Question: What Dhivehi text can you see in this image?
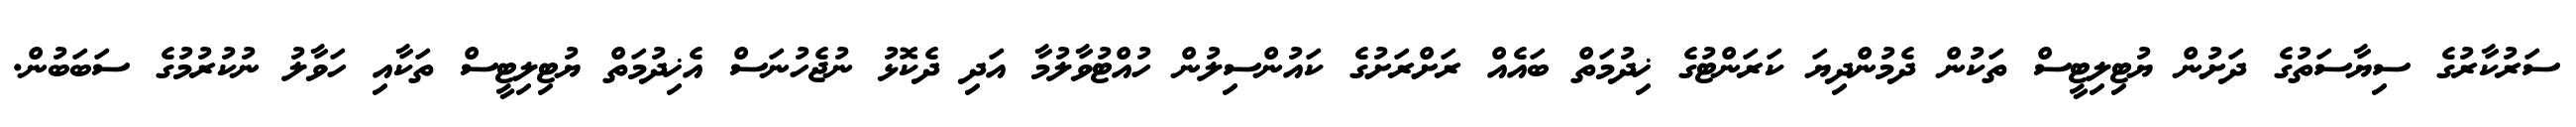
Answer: ސަރުކާރުގެ ސިޔާސަތުގެ ދަށުން ޔުޓިލިޓީސް ތަކުން ދެމުންދިޔަ ކަރަންޓުގެ ޚިދުމަތް ބައެއް ރަށްރަށުގެ ކައުންސިލުން ހުއްޓުވާލުމާ އަދި ދެކޮޅު ނުޖެހުނަސް އެޚިދުމަތް ޔުޓިލިޓީސް ތަކާއި ހަވާލު ނުކުރުމުގެ ސަބަބުން.